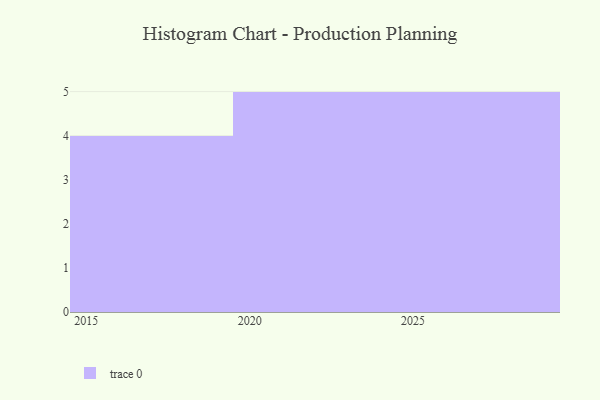
{"axis": {"x": "Year", "y": "Backlog"}, "legend": [""], "data": [{"x": "2020", "y": 87, "type": ""}, {"x": "2023", "y": 2, "type": ""}, {"x": "2024", "y": 31, "type": ""}, {"x": "2019", "y": 77, "type": ""}, {"x": "2026", "y": 48, "type": ""}, {"x": "2018", "y": 31, "type": ""}, {"x": "2028", "y": 79, "type": ""}, {"x": "2016", "y": 34, "type": ""}, {"x": "2022", "y": 65, "type": ""}, {"x": "2017", "y": 54, "type": ""}, {"x": "2029", "y": 24, "type": ""}, {"x": "2021", "y": 76, "type": ""}, {"x": "2027", "y": 58, "type": ""}, {"x": "2025", "y": 45, "type": ""}]}